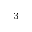
^ 3